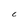
Character: 6